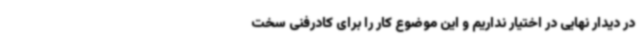
در دیدار نهایی در اختیار نداریم و این موضوع کار را برای کادرفنی سخت